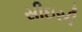
સીઇસી